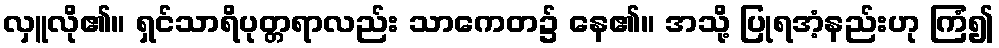
လှူလို၏။ ရှင်သာရိပုတ္တရာလည်း သာကေတ၌ နေ၏။ အသို့ ပြုရအံ့နည်းဟု ကြံ၍